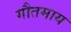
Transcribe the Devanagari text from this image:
गौतमाय